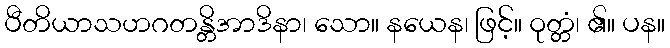
ပီတိယာသဟဂတန္တိအာဒိနာ၊ သော။ နယေန၊ ဖြင့်။ ဝုတ္တံ၊ ၏။ ပန။